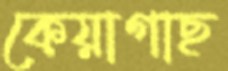
কেয়াগাছ